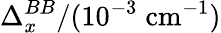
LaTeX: \Delta_{x}^{BB}/(10^{-3}\; \mathrm{cm}^{-1})